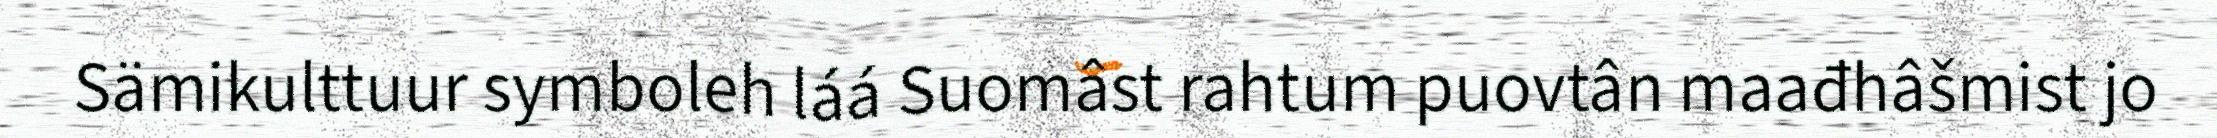
Sämikulttuur symboleh láá Suomâst rahtum puovtân maađhâšmist jo